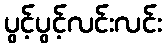
ပွင့်ပွင့်လင်းလင်း